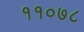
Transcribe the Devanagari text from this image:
११०७८